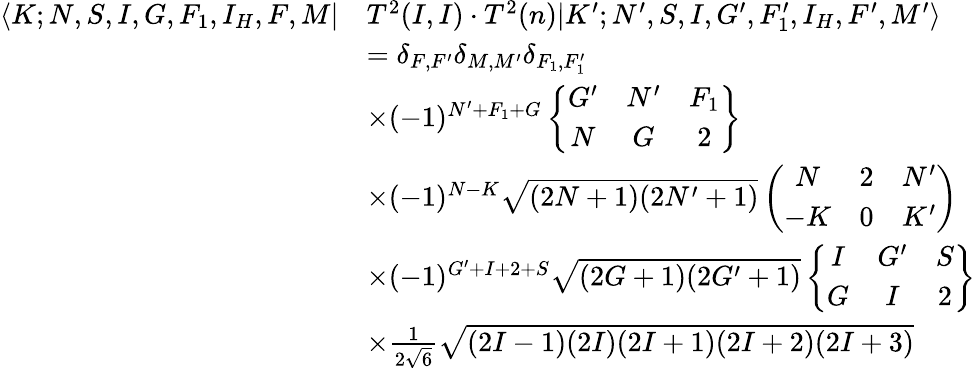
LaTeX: \begin{array}{rl}{\langle K;N,S,I,G,F_{1},I_{H},F,M|}&{T^{2}(I,I)\cdot T^{2}(n)|K^{\prime};N^{\prime},S,I,G^{\prime},F_{1}^{\prime},I_{H},F^{\prime},M^{\prime}\rangle}\\ &{=\delta_{F,F^{\prime}}\delta_{M,M^{\prime}}\delta_{F_{1},F_{1}^{\prime}}}\\ &{\times(-1)^{N^{\prime}+F_{1}+G}\left\{ \begin{array}{ccc}{G^{\prime}}&{N^{\prime}}&{F_{1}}\\ {N}&{G}&{2}\end{array}\right\} }\\ &{\times(-1)^{N-K}\sqrt{(2N+1)(2N^{\prime}+1)}\left(\begin{array}{ccc}{N}&{2}&{N^{\prime}}\\ {-K}&{0}&{K^{\prime}}\end{array}\right)}\\ &{\times(-1)^{G^{\prime}+I+2+S}\sqrt{(2G+1)(2G^{\prime}+1)}\left\{ \begin{array}{ccc}{I}&{G^{\prime}}&{S}\\ {G}&{I}&{2}\end{array}\right\} }\\ &{\times\frac{1}{2\sqrt{6}}\sqrt{(2I-1)(2I)(2I+1)(2I+2)(2I+3)}}\end{array}